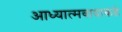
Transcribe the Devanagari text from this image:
आध्यात्मवादाकडे